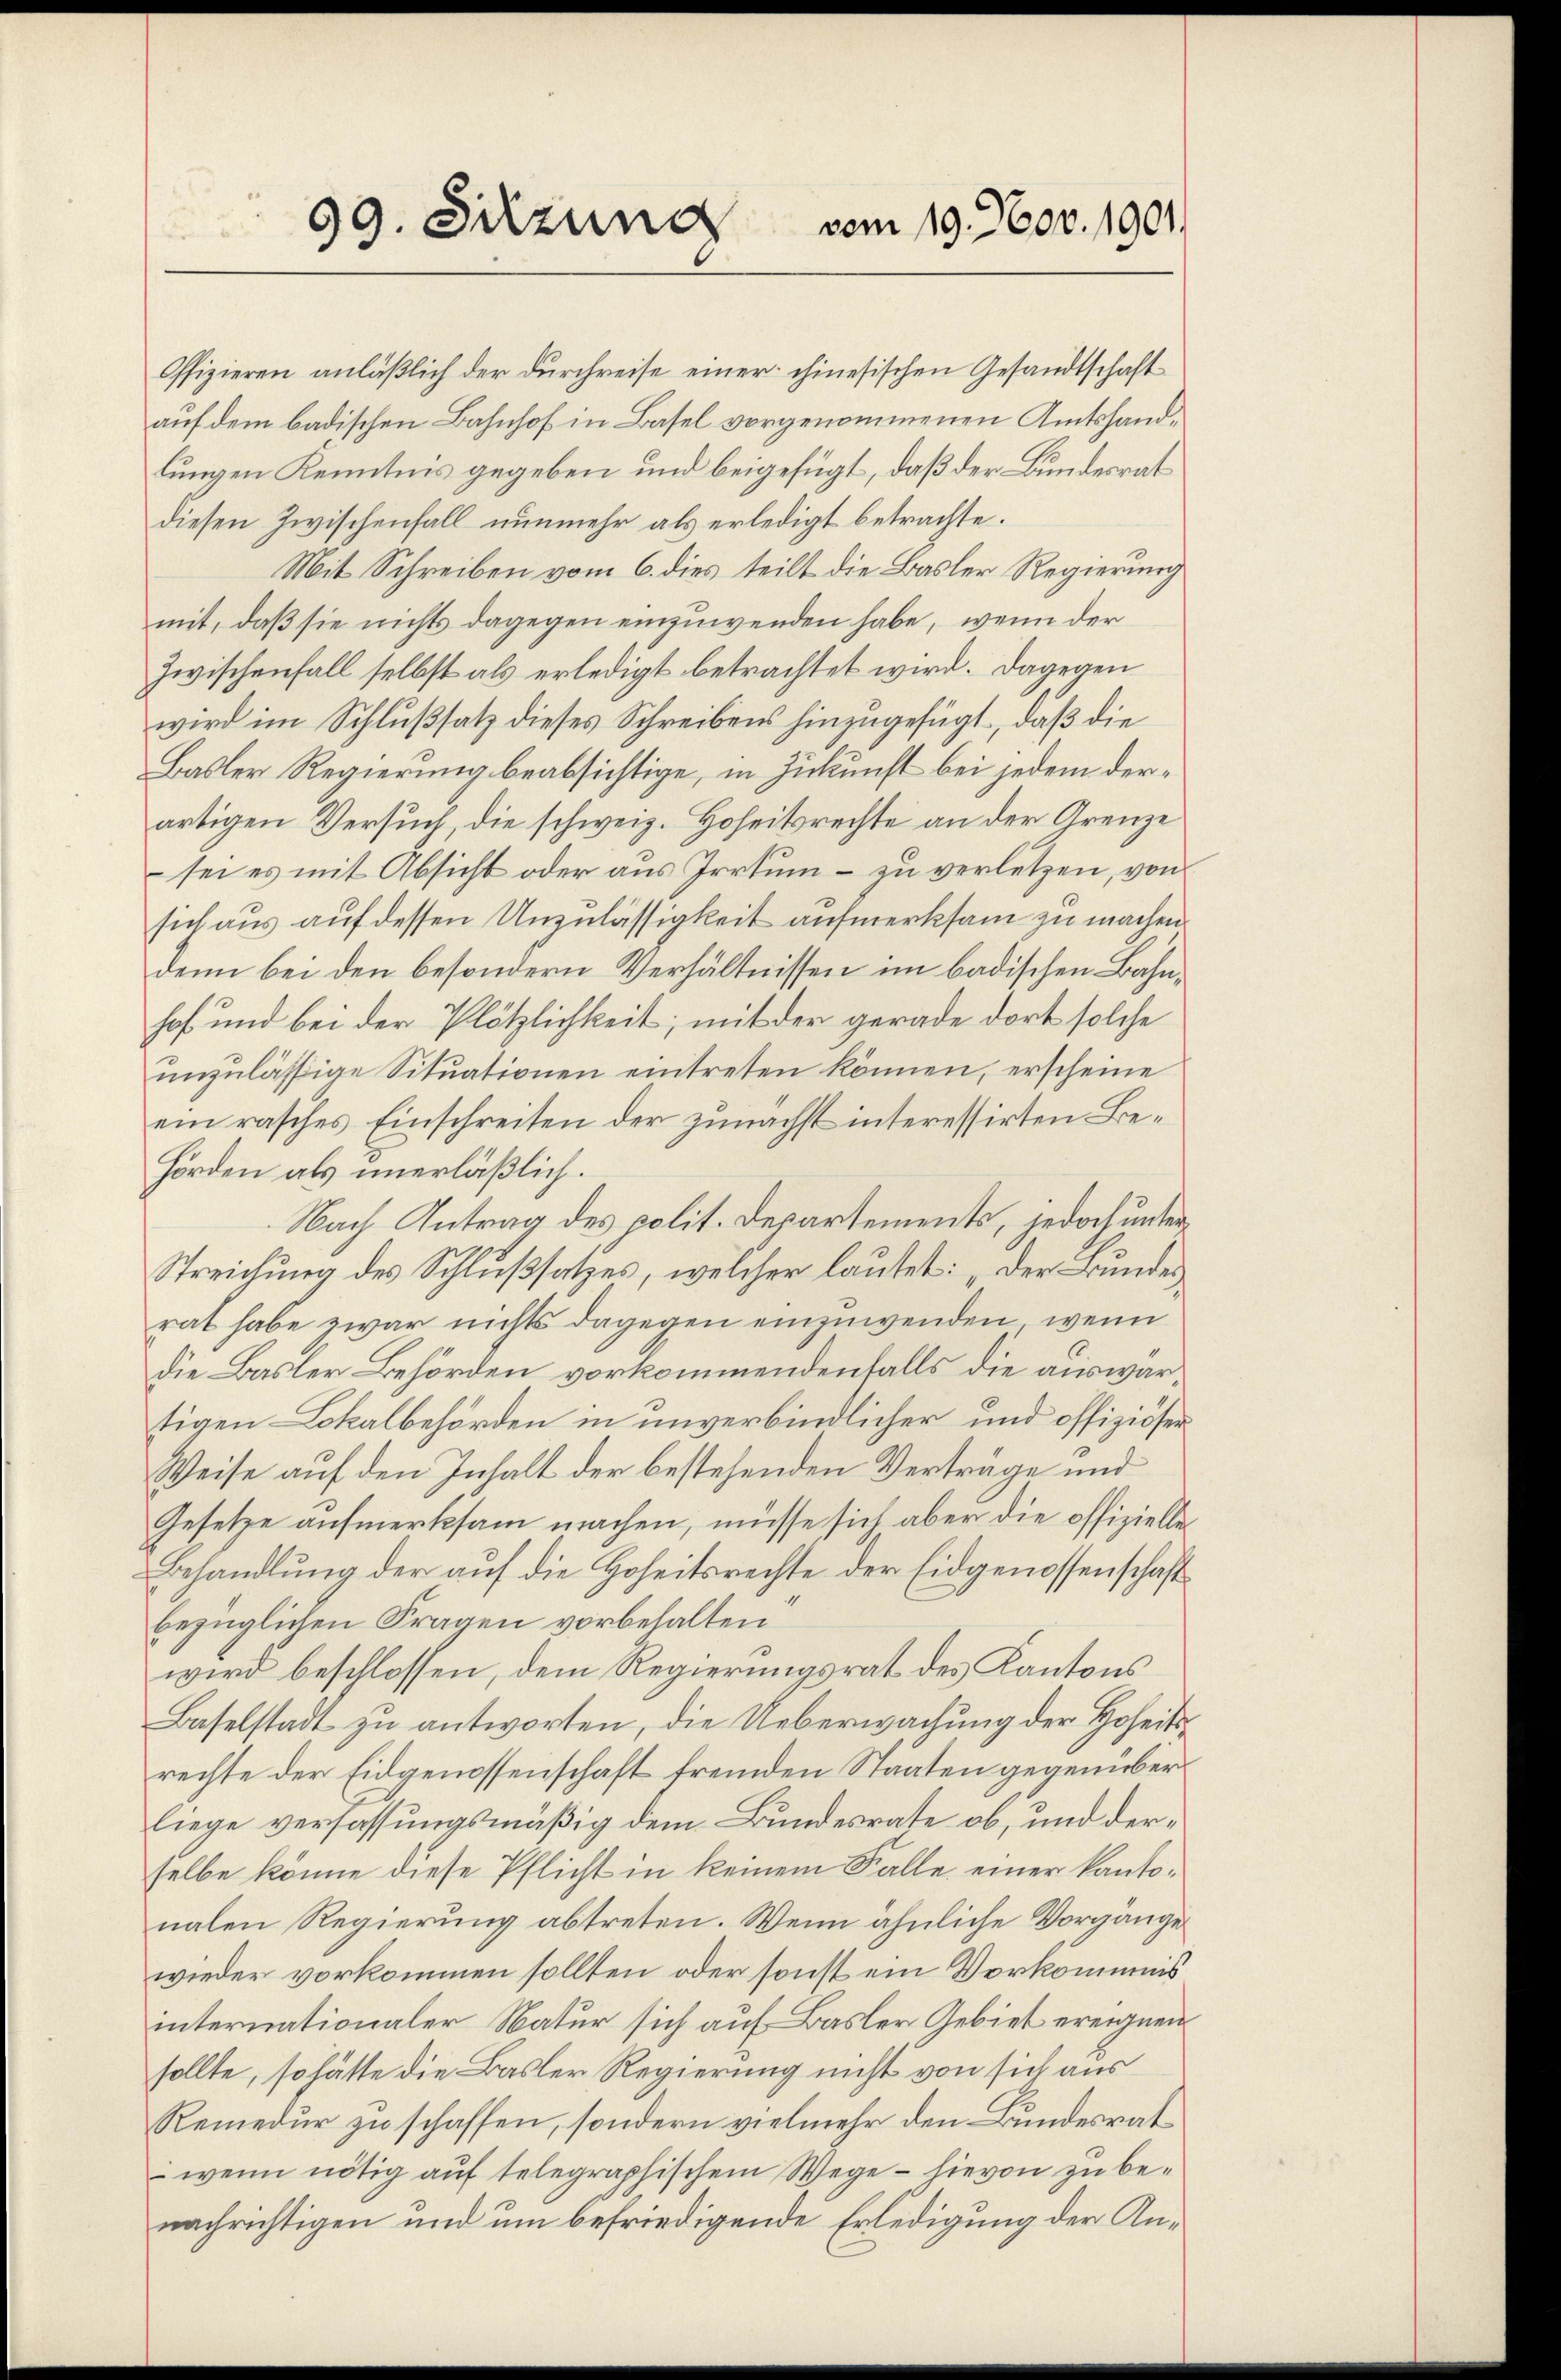
99. Sitzung vom 19. Nov. 1901

Offizieren anläßlich der durchreise einer chinesischen Gesandtschaft
auf dem badischen Bahnhof in Basel vorgenommenen Amtshandlungen Kenntnis gegeben und beigefügt, daß der Bundesrat
diesen Zwischenfall nunmehr als erledigt betrachte.
Mit Schreiben vom 6. dies teilt die Basler Regierung
mit, daß sie nichts dagegen einzuwenden habe, wenn der
Zwischenfall selbst als erledigt betrachtet wird. Dagegen
wird im Schlußsatz dieses Schreibens hinzugefügt, daß die
Basler Regierung beabsichtige, in Zukunft bei jedem derartigen Versuch, die schweiz. Hoheitsrechte an der Grenze
sei es mit Absicht oder aus Irrtum – zu verletzen, von
sich aus auf dessen Unzulässigkeit aufmerksam zu machen
denn bei den besondern Verhältnissen im badischen Bahnhof und bei der Plötzlichkeit; mit der gerade dort solche
ŭnzulässige Sitŭationen eintreten können, erscheine
ein rasches Einschreiten der zunächst interessirten Be¬
Hörden als unerläßlich.
Nach Antrag des polit. Departements, jedoch unter¬
Streichung des Schlußsatzes, welcher lautet: „Der Bundes
rat habe zwar nichts dagegen einzuwenden, wenn
die Basler Behörden vorkommendenfalls die auswärtigen Lokalbehörden in unverbindlicher und offiziöser¬
Weise auf den Inhalt der bestehenden Verträge und
Gesetze aufmerksam machen, müsse sich aber die offizielle
Behandlung der auf die Hoheitsrechte der Eidgenossenschaft
bezüglichen Fragen vorbehalten
wird beschlossen, dem Regierungsrat des Kantons
Baselstadt zu antworten, die Ueberwachung der Hoheitsrechte der Eidgenossenschaft fremden Staaten gegenüberliege verfassungsmäßig dem Bundesrate ob, und derselbe könne diese Pflicht in keinem Falle einer kantonalen Regierung abtreten. Wenn ähnliche Vorgänge
wieder vorkommen sollten, oder sonst ein Verkommnis
internationaler Natur sich auf Basler Gebiet ereignen
sollte, so hätte die Basler Regierung nicht von sich aus
Remedur zu schaffen, sondern vielmehr den Bundesrat
: wenn nötig auf telegraphischem Wege - hievon zu benachrichtigen und um befriedigende Erledigung der An¬